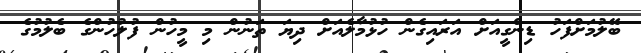
ބޭލުމަށްފަހު ޑިންގީއަށް އަރައިގެން ހުޅުމާލެއަށް ދިޔަ ތަނުން މި މީހުން ފުލުހުންގެ ބެލުމުގެ